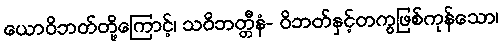
ယောဝိဘတ်တို့ကြောင့်၊ သဝိဘတ္တီနံ- ဝိဘတ်နှင့်တကွဖြစ်ကုန်သော၊